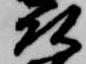
頭